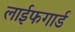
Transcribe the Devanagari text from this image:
लाईफगार्ड